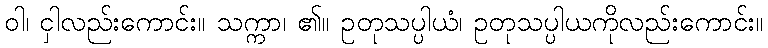
ဝါ၊ ငှါလည်းကောင်း။ သက္ကာ၊ ၏။ ဥတုသပ္ပါယံ၊ ဥတုသပ္ပါယကိုလည်းကောင်း။